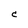
Character: c